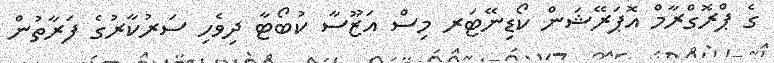
ގެ ޕްރޮގްރާމް އޮޕަރޭޝަން ކޯޑިނޭޓަރ މިސް އަޒޫސާ ކުބޯޓާ ދިވެހި ސަރުކާރުގެ ފަރާތުން